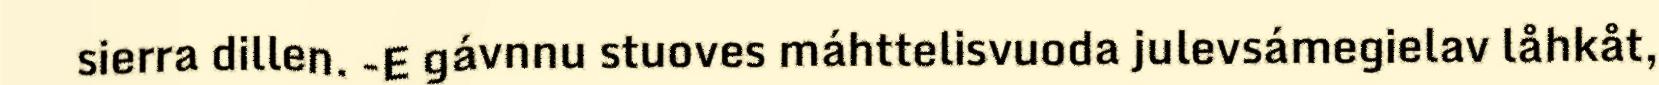
sierra dillen. -E gávnnu stuoves máhttelisvuoda julevsámegielav låhkåt,